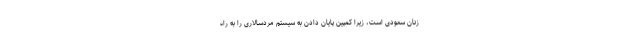
زنان سعودی است، زیرا کمپین پایان دادن به سیستم مردسالاری را به راه